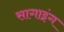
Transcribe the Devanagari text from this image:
सागाइंग